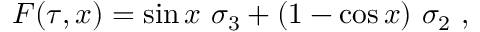
F ( \tau , x ) = \sin x \ \sigma _ { 3 } + ( 1 - \cos x ) \ \sigma _ { 2 } ~ ,